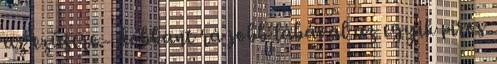
az ezüstre.- dobbant rá jobb lábával az egyik piros